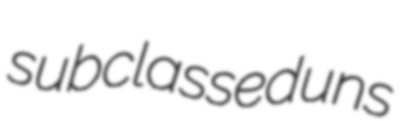
subclassed uns